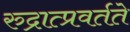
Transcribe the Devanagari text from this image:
रुद्रात्प्रवर्तते